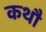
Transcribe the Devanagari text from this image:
कथौ